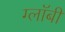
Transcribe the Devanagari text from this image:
ग्लॉबी